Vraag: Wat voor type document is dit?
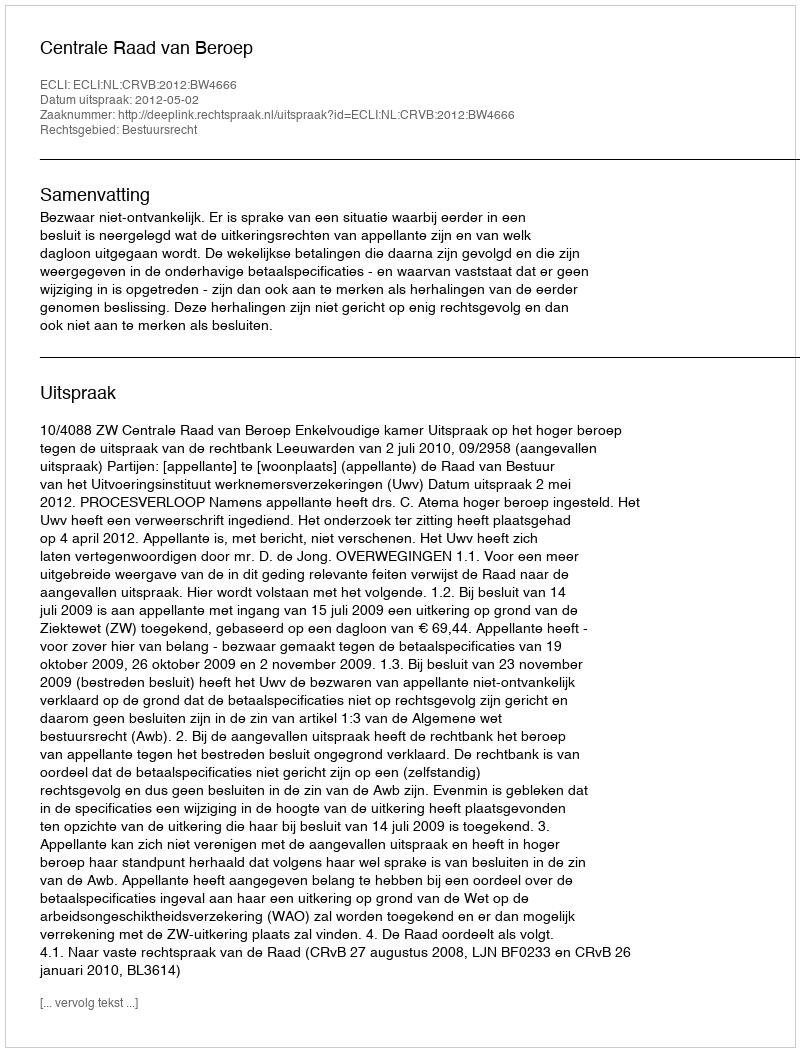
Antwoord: Uitspraak